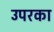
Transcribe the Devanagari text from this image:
उपरका